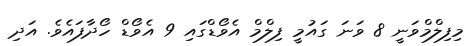
މިފިލްމްވަނީ 8 ވަނަ ގައުމީ ފިލްމް އެވޯޑްގައި 9 އެވޯޑް ހޯދާފައެވެ. އަދި